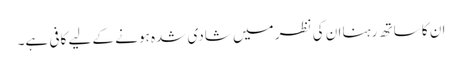
ان کا ساتھ رہنا ان کی نظر میں شادی شدہ ہونے کے لیے کافی ہے۔